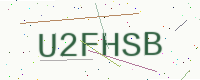
Text: U2FHSB